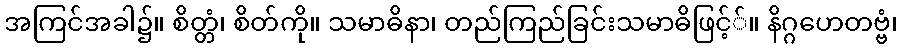
အကြင်အခါ၌။ စိတ္တံ၊ စိတ်ကို။ သမာဓိနာ၊ တည်ကြည်ခြင်းသမာဓိဖြင့််။ နိဂ္ဂဟေတဗ္ဗံ၊